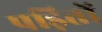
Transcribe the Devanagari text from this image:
पड़ितों